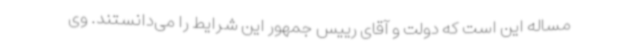
مساله این است که دولت و آقای رییس جمهور این شرایط را می‌دانستند. وی